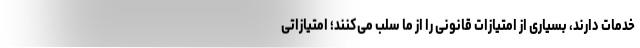
خدمات دارند، بسیاری از امتیازات قانونی را از ما سلب می‌کنند؛ امتیازاتی